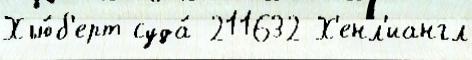
Хью́б'ерт суда́ 211632 Х'енл'иангл